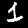
Label: 1